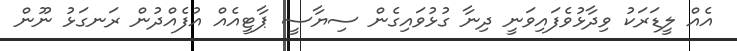
އެއް ލީޑަރަކު ވިދާޅުވެފައިވަނީ ދިނާ ގުޅުވައިގެން ސިޔާސީ ޕާޓީއެއް އުފެއްދުން ރަނގަޅު ނޫން